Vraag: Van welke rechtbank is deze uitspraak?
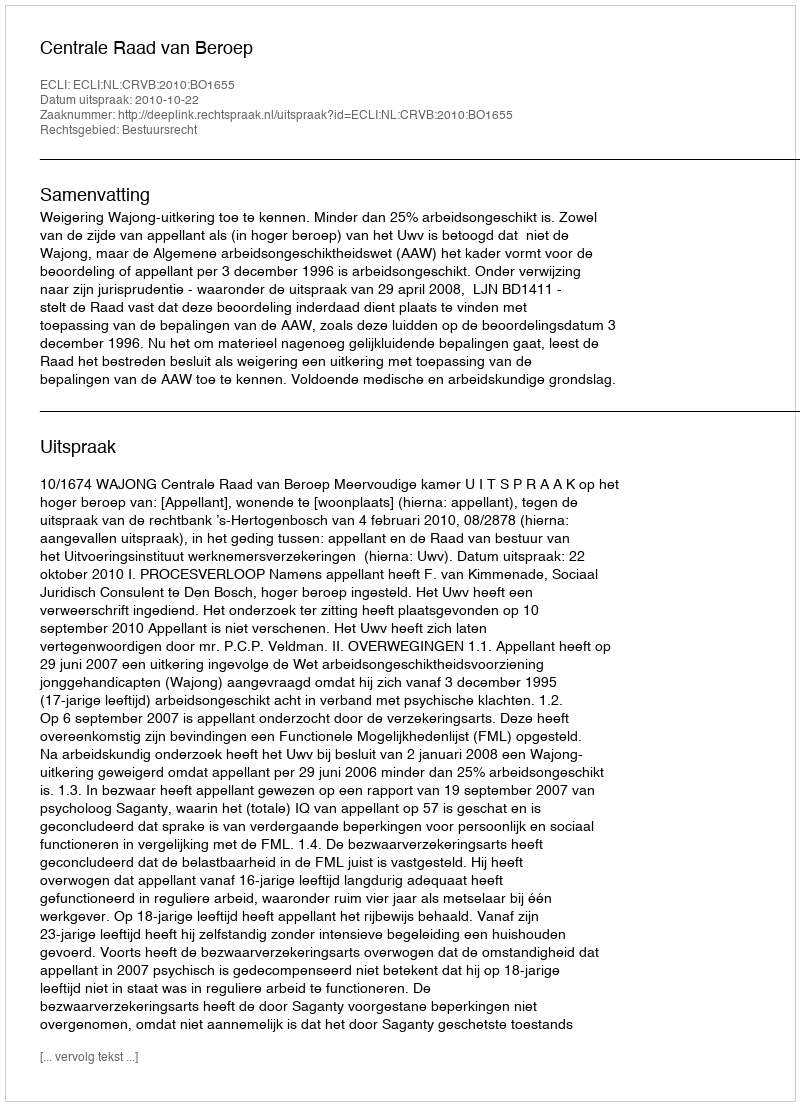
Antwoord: Centrale Raad van Beroep